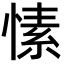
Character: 愫